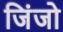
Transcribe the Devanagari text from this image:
जिंजो